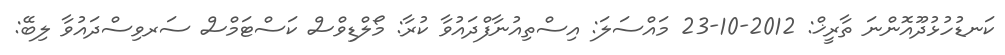
ކަނޑުހުޅުދޫއޮންނަ ތާރީޚް: 2012-10-23 މައްސަލަ: އިސްތިއުނާފްދައުވާ ކުރާ: މޯލްޑިވްސް ކަސްޓަމްސް ސަރވިސްދައުވާ ލިބޭ: